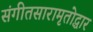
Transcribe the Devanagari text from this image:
संगीतसारामृतोद्धार